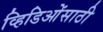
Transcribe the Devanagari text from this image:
व्हिडिओंसाठी